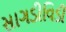
સાગડીવિડી